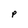
Character: P